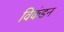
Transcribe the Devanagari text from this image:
विकंडन